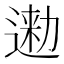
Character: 𨔤